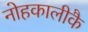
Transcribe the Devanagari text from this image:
नोहकालीकै